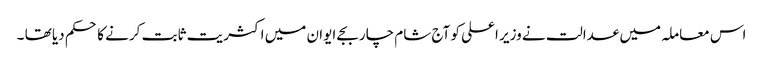
اس معاملہ میں عدالت نے وزیر اعلی کو آج شام چار بجے ایوان میں اکثریت ثابت کرنے کا حکم دیا تھا ۔